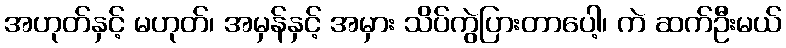
အဟုတ်နှင့် မဟုတ်၊ အမှန်နှင့် အမှား သိပ်ကွဲပြားတာပေါ့၊ ကဲ ဆက်ဦးမယ်